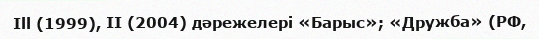
Ill (1999), II (2004) дәрежелері «Барыс»; «Дружба» (РФ,